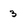
Character: 3